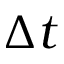
\Delta t